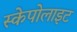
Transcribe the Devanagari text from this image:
स्केपोलाइट